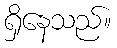
ရှိနေသည်။